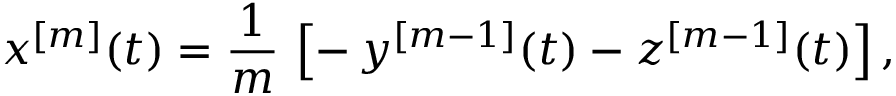
x ^ { [ m ] } ( t ) = \frac { 1 } { m } \, \left[ - \, y ^ { [ m - 1 ] } ( t ) - z ^ { [ m - 1 ] } ( t ) \right] ,